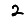
Digit: 2